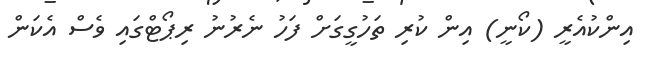
އިންކުއެރީ (ކޯނީ) އިން ކުރި ތަހުގީގަށް ފަހު ނެރުނު ރިޕޯޓްގައި ވެސް އެކަން